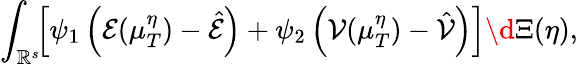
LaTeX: \int_{\mathbb{R}^{s}}\! \! \left[\psi_{1}\left(\mathcal E(\mu_{T}^{\eta})-\hat{\mathcal E}\right)+\psi_{2}\left(\mathcal V(\mu_{T}^{\eta})-\hat{\mathcal V}\right)\right]\d\Xi(\eta),